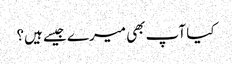
کیا آپ بھی میرے جیسے ہیں؟